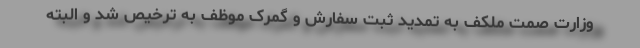
وزارت صمت ملکف به تمدید ثبت سفارش و گمرک موظف به ترخیص شد و البته